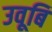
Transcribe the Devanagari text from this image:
उवूबि